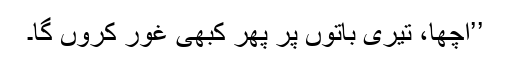
’’اچھا، تیری باتوں پر پھر کبھی غور کروں گا۔